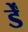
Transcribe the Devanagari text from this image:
र्डें